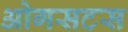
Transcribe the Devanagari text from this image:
ओगसटस